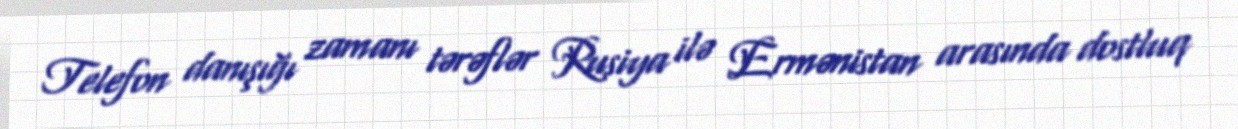
Telefon danışığı zamanı tərəflər Rusiya ilə Ermənistan arasında dostluq